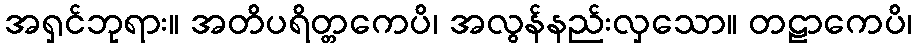
အရှင်ဘုရား။ အတိပရိတ္တကေပိ၊ အလွန်နည်းလှသော။ တဠာကေပိ၊